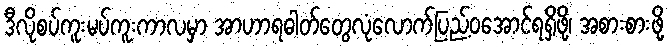
ဒီလိုစပ်ကူးမပ်ကူးကာလမှာ အာဟာရဓါတ်တွေလုံလောက်ပြည့်ဝအောင်ရရှိဖို့၊ အစားစားဖို့